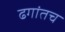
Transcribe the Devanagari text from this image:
ढगांतच